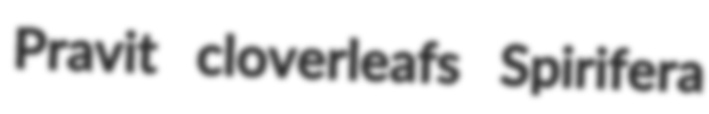
Pravit cloverleafs Spirifera